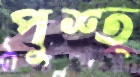
পুশ্ত্